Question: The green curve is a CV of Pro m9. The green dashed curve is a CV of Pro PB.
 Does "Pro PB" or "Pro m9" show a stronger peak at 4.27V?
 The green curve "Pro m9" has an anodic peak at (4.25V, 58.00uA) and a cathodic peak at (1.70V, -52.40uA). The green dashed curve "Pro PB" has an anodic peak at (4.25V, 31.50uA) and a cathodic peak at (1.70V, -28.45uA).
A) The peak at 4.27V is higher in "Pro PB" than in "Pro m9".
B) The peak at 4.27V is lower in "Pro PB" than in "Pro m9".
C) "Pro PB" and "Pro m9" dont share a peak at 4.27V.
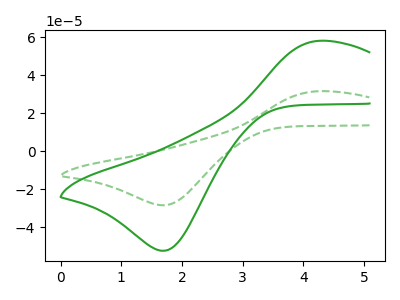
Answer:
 <answer>B) The peak at 4.27V is lower in "Pro PB" than in "Pro m9".</answer>
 <eval>B</eval>